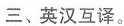
三、英汉互译。